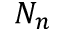
N _ { n }